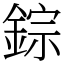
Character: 錝